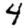
Digit: 4